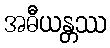
အဓီယန္တဿ